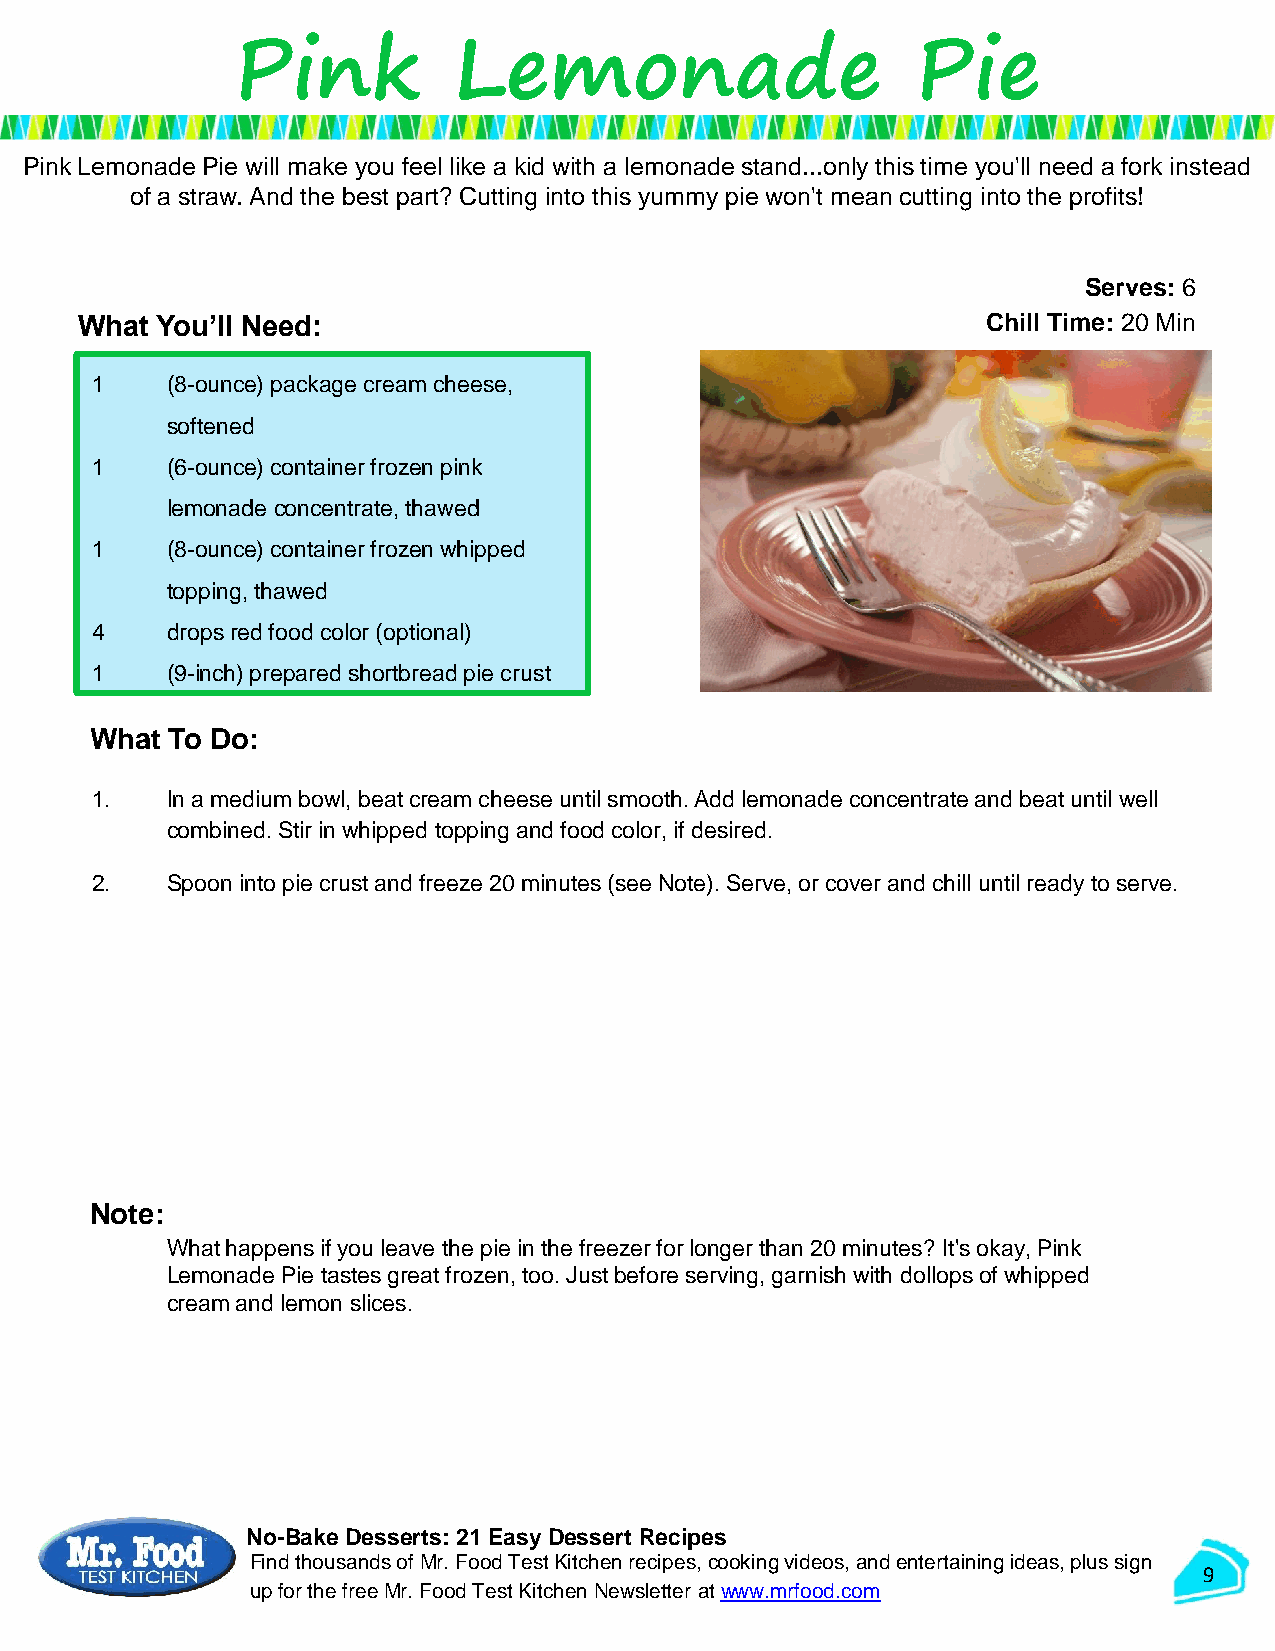
Pink           Lemonade                       Pie
 Pink Lemonade Pie will make you feel like a kid with a lemonade stand...only this time you'll need a fork instead
 of a straw. And the best part? Cutting into this yummy pie won't mean cutting into the profits!
 Serves: 6
 What You’ll Need:                                           Chill Time: 20 Min
 1    (8-ounce) package cream cheese,
 softened
 1    (6-ounce) container frozen pink
 lemonade concentrate, thawed
 1    (8-ounce) container frozen whipped
 topping, thawed
 4    drops red food color (optional)
 1    (9-inch) prepared shortbread pie crust
 What To Do:
 1.   In a medium bowl, beat cream cheese until smooth. Add lemonade concentrate and beat until well
 combined. Stir in whipped topping and food color, if desired.
 2.   Spoon into pie crust and freeze 20 minutes (see Note). Serve, or cover and chill until ready to serve.
 Note:
 What happens if you leave the pie in the freezer for longer than 20 minutes? It's okay, Pink
 Lemonade Pie tastes great frozen, too. Just before serving, garnish with dollops of whipped
 cream and lemon slices.
 No-Bake Desserts: 21 Easy Dessert Recipes
 Find thousands of Mr. Food Test Kitchen recipes, cooking videos, and entertaining ideas, plus sign
 9
 up for the free Mr. Food Test KitchenNewsletter at www.mrfood.com